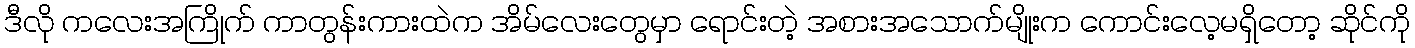
ဒီလို ကလေးအကြိုက် ကာတွန်းကားထဲက အိမ်လေးတွေမှာ ရောင်းတဲ့ အစားအသောက်မျိုးက ကောင်းလေ့မရှိတော့ ဆိုင်ကို